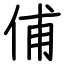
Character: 俌